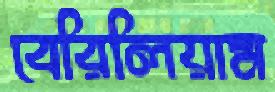
বেরিলিয়াম